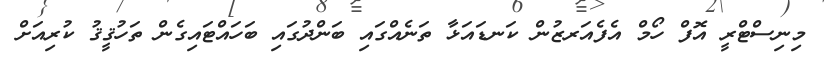
މިނިސްޓްރީ އޮފް ހޯމް އެފެއަރޒުން ކަނޑައަޅާ ތަނެއްގައި ބަންދުގައި ބަހައްޓައިގެން ތަހުޤީޤު ކުރިއަށް